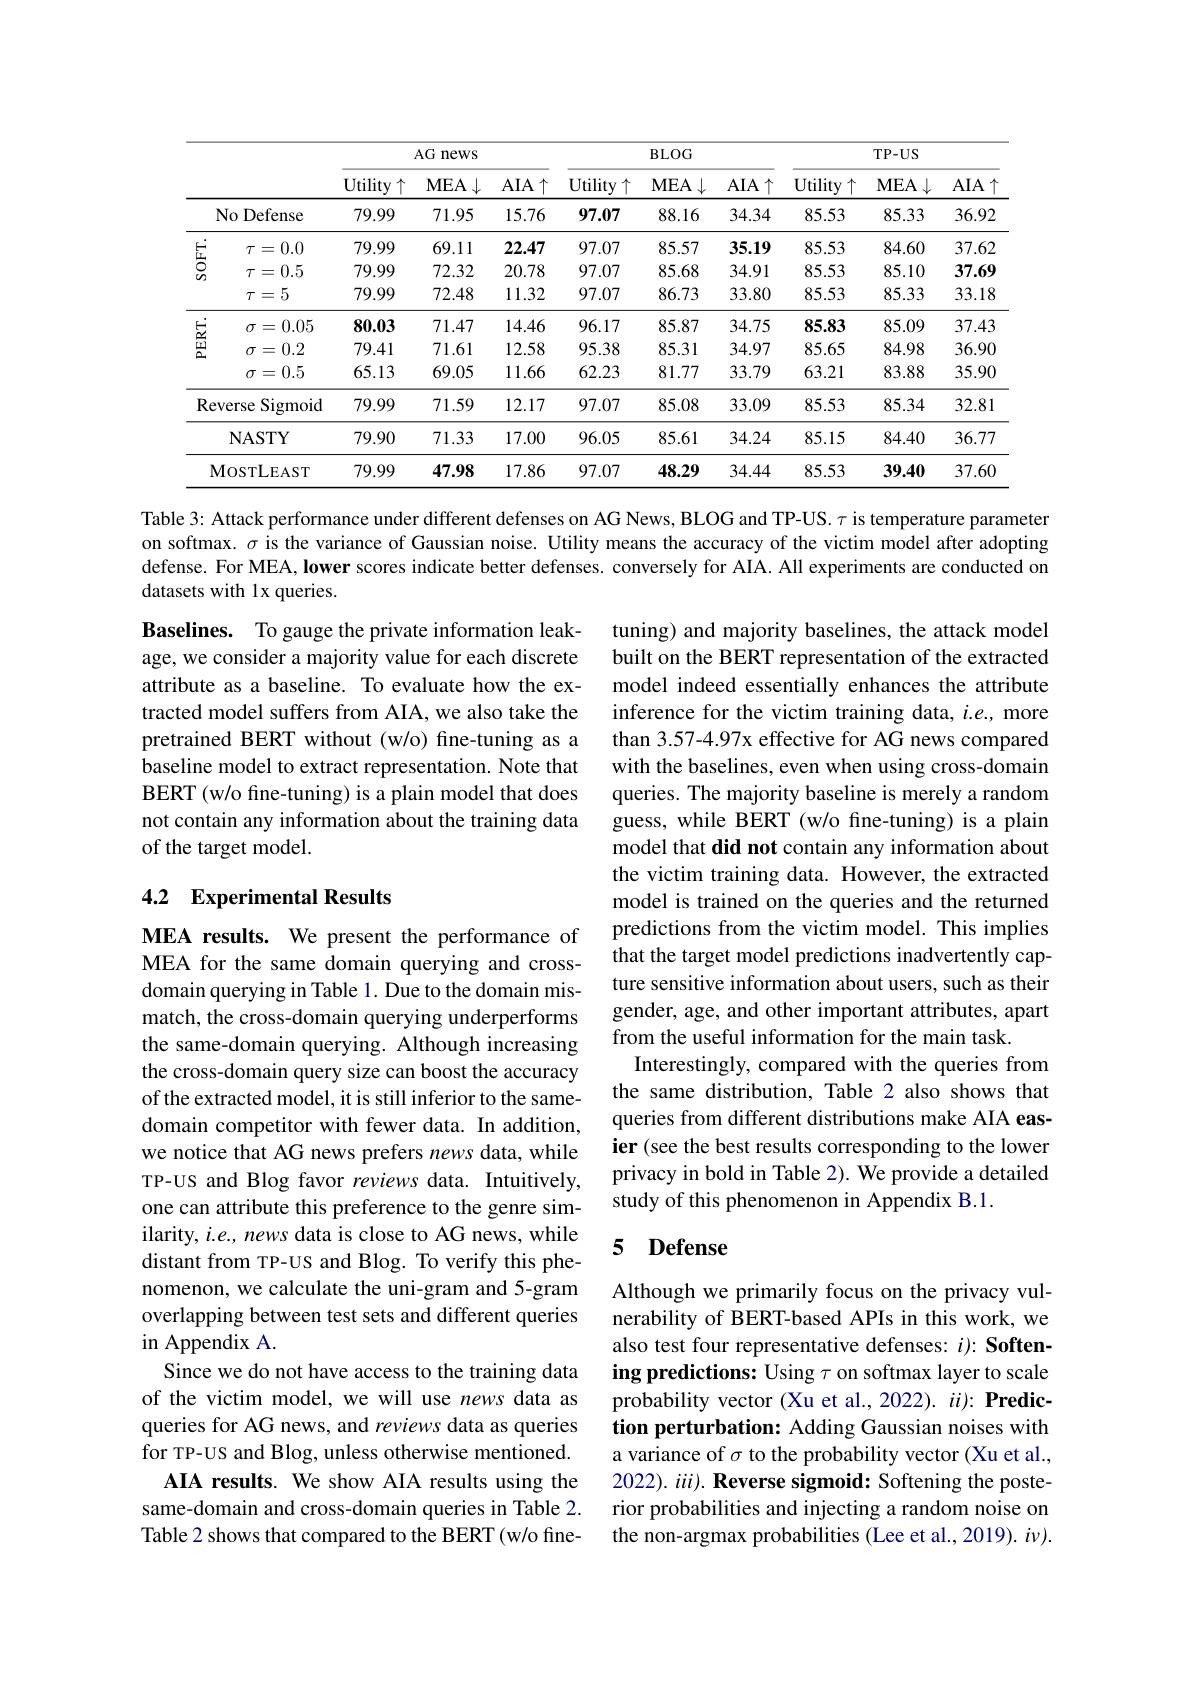
<table>
	<tbody>
		<tr>
			<th> </th>
			<th> </th>
			<th colspan="3">AG news</th>
			<th colspan="3">BLOG</th>
			<th colspan="3">$TP-US$</th>
		</tr>
		<tr>
			<th> </th>
			<th> </th>
			<th>Utility $\uparrow$</th>
			<th>$MEA\downarrow$</th>
			<th>$AIA\uparrow$</th>
			<th>$\operatorname{Utility}\uparrow$</th>
			<th>$MEA\downarrow$</th>
			<th>$AIA\uparrow$</th>
			<th>${\mathrm{Utility}}\uparrow$</th>
			<th>$MEA\downarrow$</th>
			<th>$AIA\uparrow$</th>
		</tr>
		<tr>
			<td> </td>
			<td>Vo Defense 1</td>
			<td>79.99</td>
			<td>71.95</td>
			<td>15.76</td>
			<td>97.07</td>
			<td>88.16</td>
			<td>34.34</td>
			<td>85.53</td>
			<td>85.33</td>
			<td>36.92</td>
		</tr>
		<tr>
			<td rowspan="3">$\stackrel{E}{\textcircled{5}}$</td>
			<td>0.0 $\tau=$</td>
			<td>79.99</td>
			<td>69.11</td>
			<td>22.47</td>
			<td>97.07</td>
			<td>85.57</td>
			<td>35.19</td>
			<td>85.53</td>
			<td>84.60</td>
			<td>37.62</td>
		</tr>
		<tr>
			<td>=0.5 $\tau=$</td>
			<td>79.99</td>
			<td>72.32</td>
			<td>20.78</td>
			<td>97.07</td>
			<td>85.68</td>
			<td>34.91</td>
			<td>85.53</td>
			<td>85.10</td>
			<td>37.69</td>
		</tr>
		<tr>
			<td>$\tau=5$</td>
			<td>79.99</td>
			<td>72.48</td>
			<td>11.32</td>
			<td>97.07</td>
			<td>86.73</td>
			<td>33.80</td>
			<td>85.53</td>
			<td>85.33</td>
			<td>33.18</td>
		</tr>
		<tr>
			<td rowspan="3">$\begin{array}{l}{{E_{1}}}\\{{\underlinesegment{\omega}}}\\{{\Delta}}\\\end{array}$</td>
			<td>0.05 $\sigma=$</td>
			<td>80.03</td>
			<td>71.47</td>
			<td>14.46</td>
			<td>96.17</td>
			<td>85.87</td>
			<td>34.75</td>
			<td>85.83</td>
			<td>85.09</td>
			<td>37.43</td>
		</tr>
		<tr>
			<td>=0.2 $\sigma=$</td>
			<td>79.41</td>
			<td>71.61</td>
			<td>12.58</td>
			<td>95.38</td>
			<td>85.31</td>
			<td>34.97</td>
			<td>85.65</td>
			<td>84.98</td>
			<td>36.90</td>
		</tr>
		<tr>
			<td>$\sigma=0.5$</td>
			<td>65.13</td>
			<td>69.05</td>
			<td>11.66</td>
			<td>62.23</td>
			<td>81.77</td>
			<td>33.79</td>
			<td>63.21</td>
			<td>83.88</td>
			<td>35.90</td>
		</tr>
		<tr>
			<td>Re</td>
			<td>Sigmoid verse</td>
			<td>79.99</td>
			<td>71.59</td>
			<td>12.17</td>
			<td>97.07</td>
			<td>85.08</td>
			<td>33.09</td>
			<td>85.53</td>
			<td>85.34</td>
			<td>32.81</td>
		</tr>
		<tr>
			<td> </td>
			<td>NASTY</td>
			<td>79.90</td>
			<td>71.33</td>
			<td>17.00</td>
			<td>96.05</td>
			<td>85.61</td>
			<td>34.24</td>
			<td>85.15</td>
			<td>84.40</td>
			<td>36.77</td>
		</tr>
		<tr>
			<td>$N$</td>
			<td>$\operatorname{losTLEAST}$</td>
			<td>79.99</td>
			<td>47.98</td>
			<td>17.86</td>
			<td>97.07</td>
			<td>48.29</td>
			<td>34.44</td>
			<td>85.53</td>
			<td>39.40</td>
			<td>37.60</td>
		</tr>
	</tbody>
</table>

Table 3: Attack performance under different defenses on AG News, BLOG and TP-US. $\tau$ is temperature parameter on softmax. $\sigma$ is the variance of Gaussian noise. Utility means the accuracy of the victim model after adopting defense. For MEA, Iower scores indicate better defenses. conversely for AIA. All experiments are conducted on datasets with 1x queries.

Baselines. To gauge the private information leakage, we consider a majority value for each discrete attribute as a baseline. To evaluate how the extracted model suffers from AIA, we also take the pretrained BERT without (w/o) fine-tuning as a baseline model to extract representation. Note that BERT (w/o fine-tuning) is a plain model that does not contain any information about the training data of the target model.

### 4.2 $\textbf{Experimental Results}$

tuning) and majority baselines, the attack model built on the BERT representation of the extracted model indeed essentially enhances the attribute inference for the victim training data, $i.e.$, more than 3.57-4.97x effective for AG news compared with the baselines, even when using cross-domain queries. The majority baseline is merely a random guess, while BERT (w/o fine-tuning) is a plain model that did not contain any information about the victim training data. However, the extracted model is trained on the queries and the returned predictions from the victim model. This implies that the target model predictions inadvertently capture sensitive information about users, such as their gender, age, and other important attributes, apart from the useful information for the main task.
Interestingly, compared with the queries from the same distribution, Table 2 also shows that queries from different distributions make AIA easier (see the best results corresponding to the lower privacy in bold in Table 2). We provide a detailed study of this phenomenon in Appendix B.1.

MEA results. We present the performance of MEA for the same domain querying and crossdomain querying in Table 1. Due to the domain mismatch, the cross-domain querying underperforms the same-domain querying. Although increasing the cross-domain query size can boost the accuracy of the extracted model, it is still inferior to the samedomain competitor with fewer data. In addition, we notice that AG news prefers news data, while TP-US and Blog favor reviews data. Intuitively, one can attribute this preference to the genre similarity, $i.e.$, news data is close to AG news, while distant from TP-US and Blog. To verify this phenomenon, we calculate the uni-gram and 5-gram overlapping between test sets and different queries in Appendix A.
Since we do not have access to the training data of the victim model, we will use news data as queries for AG news, and reviews data as queries for TP-US and Blog, unless otherwise mentioned.
AIA results. We show AIA results using the same-domain and cross-domain queries in Table 2. Table 2 shows that compared to the BERT(w/o fine-

### 5 $\textbf{Defense}$

Although we primarily focus on the privacy vulnerability of BERT-based APIs in this work, we also test four representative defenses: $i) : \textbf{Soften- }$ ing predictions: Using $\tau$ on softmax layer to scale probability vector (Xu et al., 2022). $ii) : \textbf{Predic- }$ tion perturbation: Adding Gaussian noises with a variance of $\sigma$ to the probability vector (Xu et al., 2022). iii). Reverse sigmoid: Softening the posterior probabilities and injecting a random noise on the non-argmax probabilities (Lee et al., 2019). $i\nu).$